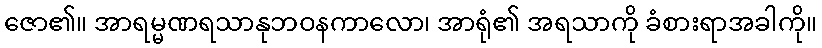
ဇော၏။ အာရမ္မဏရသာနုဘဝနကာလော၊ အာရုံ၏ အရသာကို ခံစားရာအခါကို။